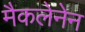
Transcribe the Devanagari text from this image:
मैकलेनेन